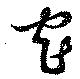
窄